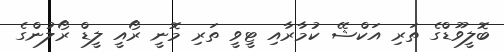
ބޮލީވޫޑްގެ ތަރި އަކްޝޭ ކުމާރާއި ޓީވީ ތަރި މޮނީ ރޯއީ ލީޑް ރޯލުންގެ